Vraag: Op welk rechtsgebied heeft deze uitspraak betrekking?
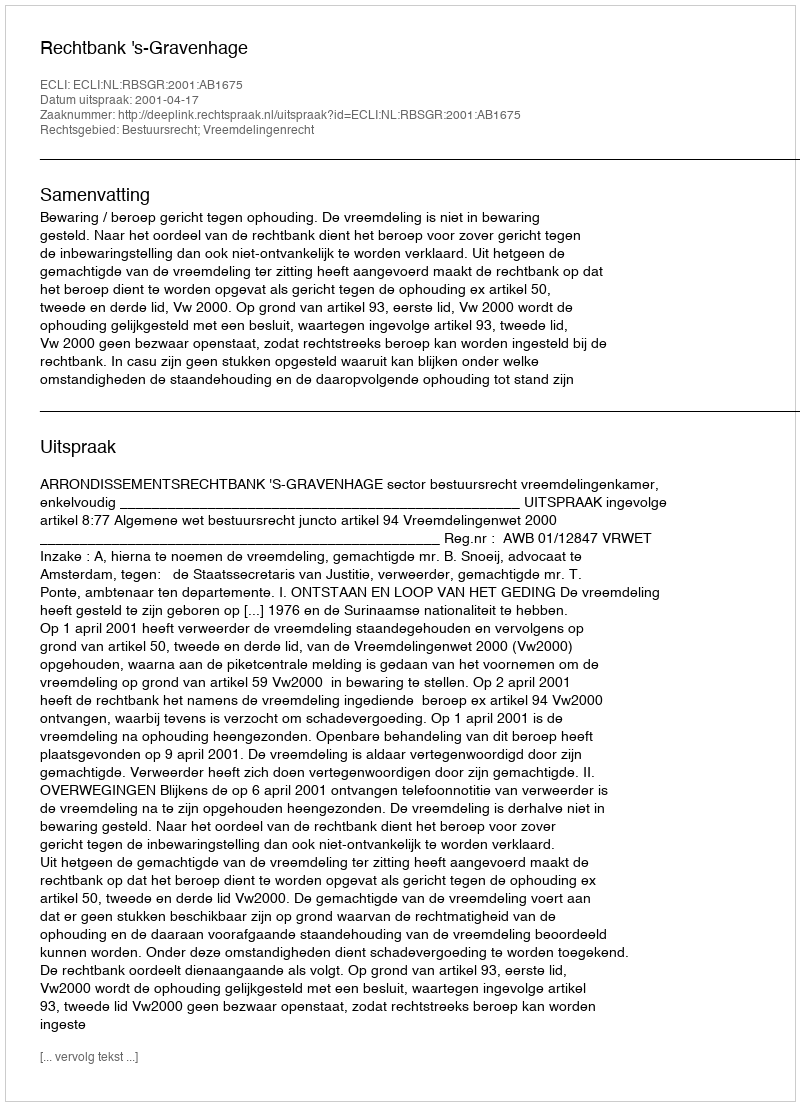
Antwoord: Bestuursrecht; Vreemdelingenrecht